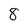
Character: 8